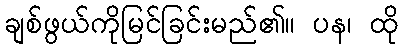
ချစ်ဖွယ်ကိုမြင်ခြင်းမည်၏။ ပန၊ ထို